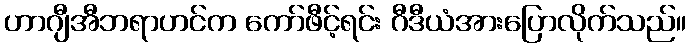
ဟာဂျီအီဘရာဟင်က ကော်ဖီင့်ရင်း ဂီဒီယံအားပြောလိုက်သည်။